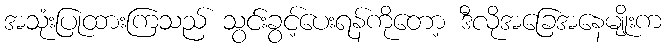
အသုံးပြုထားကြသည် သွင်းခွင့်ပေးရန်ကိုတော့ ဒီလိုအခြေအနေမျိုးက